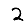
Digit: 2